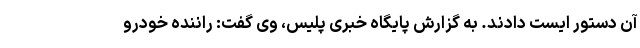
آن دستور ایست دادند. به گزارش پایگاه خبری پلیس، وی گفت: راننده خودرو